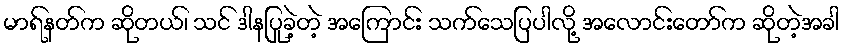
မာရ်နတ်က ဆိုတယ်၊ သင် ဒါနပြုခဲ့တဲ့ အကြောင်း သက်သေပြပါလို့ အလောင်းတော်က ဆိုတဲ့အခါ